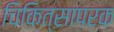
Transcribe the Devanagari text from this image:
चिकित्सापरक